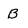
Character: B